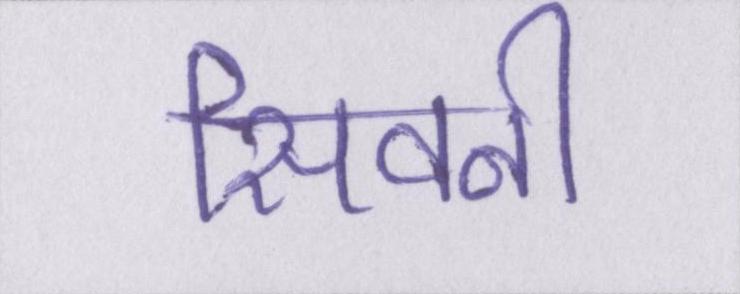
सिवनी